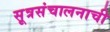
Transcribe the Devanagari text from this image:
सूत्रसंचालनाची